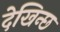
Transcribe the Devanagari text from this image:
देखिन्छ